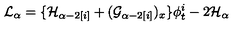
{ \cal L } _ { \alpha } = \{ { \cal H } _ { \alpha - 2 [ i ] } + ( { \cal G } _ { \alpha - 2 [ i ] } ) _ { x } \} \phi _ { t } ^ { i } - 2 { \cal H } _ { \alpha }